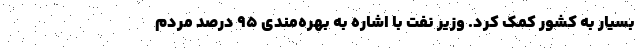
بسیار به کشور کمک کرد. وزیر نفت با اشاره به بهره‌مندی ۹۵ درصد مردم